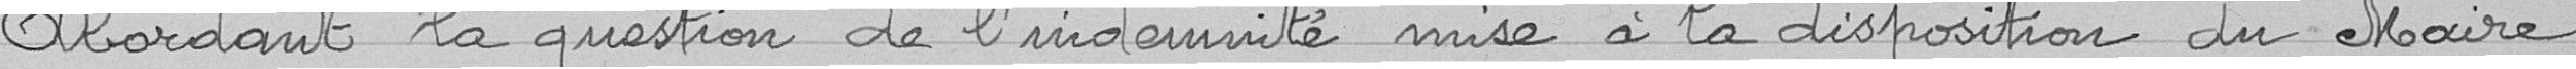
Abordant la question de l'indemnité mise à la disposition du Maire